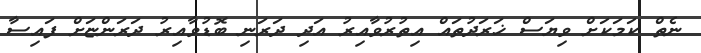
ނެތް ކަމަކަށް ވިޔަސް ޚަރަދުތައް އިތުރުވާއިރު އަދި ދަރަނި ބޮޑުވާއިރު ދަރަންޏަށް ފައިސާ